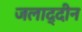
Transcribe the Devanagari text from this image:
जलाद्दीन